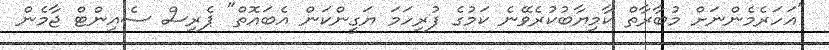
"އަހަރެމެންނަށް މުބާރާތް ކާމިޔާބުކުރެވޭނެ ކަމުގެ ފުރިހަމަ ޔަގީންކަން އެބައޮތް" ޕެރިސް ސެއިންޓް ޖާމެން